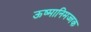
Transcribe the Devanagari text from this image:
ऊष्मानिमज्जक